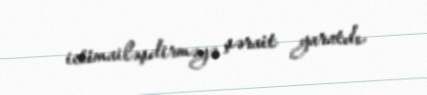
ictimailəşdirməyə şərait yaratdı.